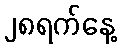
၂၈ရက်နေ့